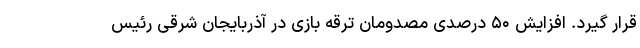
قرار گیرد. افزایش ۵۰ درصدی مصدومان ترقه بازی در آذربایجان شرقی رئیس